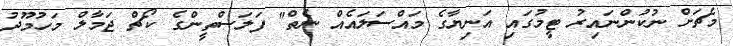
މެޗަށް ނުކުންނައިރު ޓީމުގައި އަނިޔާގެ މައްސަލައެއް ނެތް" ފަލަސްތީންގެ ކޯޗް ޖަމާލް މަހުމޫދު